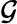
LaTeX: \mathcal{G}